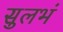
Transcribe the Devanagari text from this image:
सुलभं